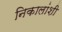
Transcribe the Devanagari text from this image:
निकालांशी